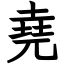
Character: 堯